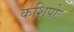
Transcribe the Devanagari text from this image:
कशिपोः